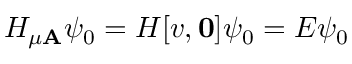
H _ { \mu \mathbf { A } } \psi _ { 0 } = H [ v , \mathbf { 0 } ] \psi _ { 0 } = E \psi _ { 0 }